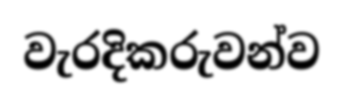
වැරදිකරුවන්ව